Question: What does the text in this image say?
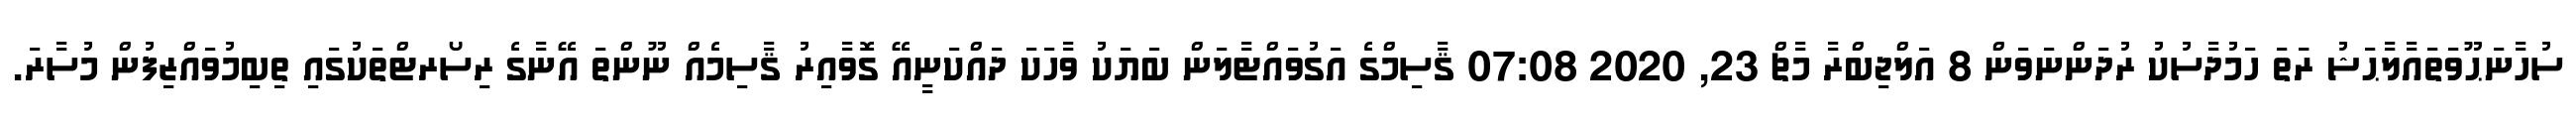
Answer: ސުހާނަޙޫވަތައާލާޙަޝު ރަަތަ ހަމުދާސުކު ރުދަންނަވަން 8 އަލްޖިބްރާ މާޗް 23, 2020 07:08 ޤާސިމްގެ އަގުވައްޓާލަން ބަޔަކު ވާހަކަ ދައްކަނީއޭ ގޮވާއިރު ޤާސިމެއް ނޫންތަ އޭނާގެ ރިސޯރޓްތަކުގައި ތިބިމުވައްޒިފުން މުސާރަ.